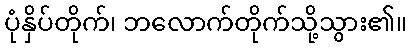
ပုံနှိပ်တိုက်၊ ဘလောက်တိုက်သို့သွား၏။